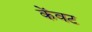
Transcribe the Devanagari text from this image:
केंवट